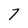
Character: 7